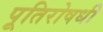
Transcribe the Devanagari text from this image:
पूतिरोषधी